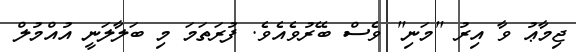
ޖިމާޢު ވާ އިރު "މަނި" ވެސް ބޭރުވެއެވެ. ފުރަތަމަ މި ބަލާލަނީ އުއްމުލް